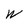
Character: W